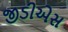
જીડીએસ